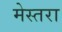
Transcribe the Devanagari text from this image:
मेस्तरा